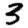
Digit: 3